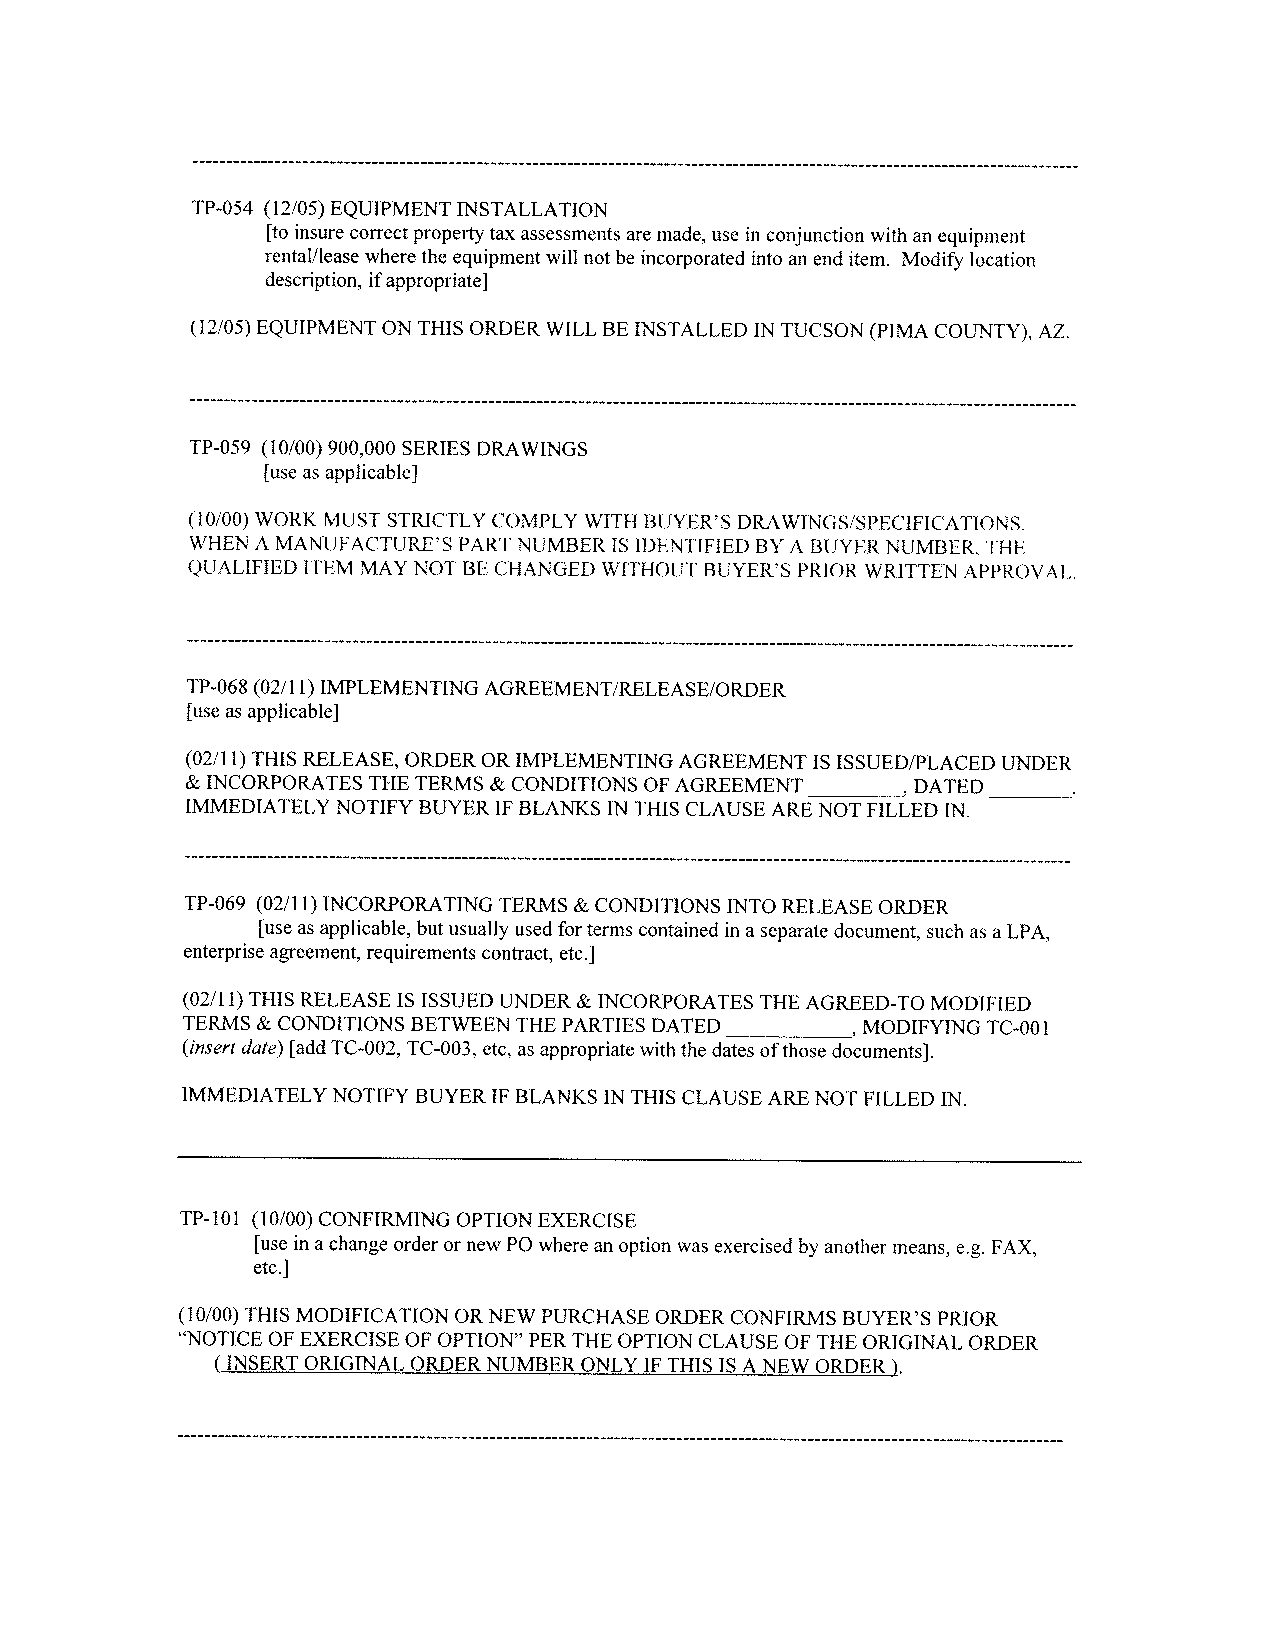
TP-054 (12/05) EQUIPMENT INSTALLATION
 [to insure correct property tax assessments are made, use in conjunction with an equipment
 rental/lease where the equipment will not be incorporated into an end item. Modify location
 description, if appropriate]
 (12/05) EQUIPMENT ON THIS ORDER WILL BE INSTALLED IN TUCSON (PIMA COUNTY), AZ.
 TP-059 (10/00) 900,000 SERIES DRAWINGS
 [use as applicable]
 (10/00) WORK MUST STRICTLY COMPLY WITH BUYER'S DRAWINGS/SPECIFICATIONS.
 WHEN A MANUFACTURE'S PART NIJMBER IS IDENTIFIED BY A BUYER NUMBER, THE
 QUALiFIED ITEM MAY NOT BE CHANGED WITHOUT BUYER'S PRIOR WRITTEN APPROVAL.
 TP-068 (02/11) IMPLEMENTING AGREEMENT/RELEASE/ORDER
 [use as applicable]
 (02/11) THIS RELEASE, ORDER OR IMPLEMENTING AGREEMENT IS ISSUED/PLACED UNDER
 & INCORPORATES THE TERMS & CONDITIONS OF AGREEMENT_____ , DATED _____
 IMMEDIATELY NOTIFY BUYER IF BLANKS IN THIS CLAUSE ARE NOT FILLED IN.
 TP-069 (02/11) INCORPORATING TERMS & CONDITIONS INTO RELEASE ORDER
 [use as applicable, but usually used for terms contained in a separate document, such as a LPA,
 enterprise agreement, requirements contract, etc.]
 (02/11) THIS RELEASE IS ISSUED UNDER & INCORPORATES THE AGREED-TO MODIFIED
 TERMS & CONDITIONS BETWEEN THE PARTIES DATED _______ , MODIFYING TC-00 1
 (insert date) [add TC-002, TC-003, etc, as appropriate with the dates of those documents].
 IMMEDIATELY NOTIFY BUYER IF BLANKS IN THIS CLAUSE ARE NOT FILLED IN.
 TP-lOl (10/00) CONFIRMING OPTION EXERCISE
 [use in a change order or new P0 where an option was exercised by another means, e.g. FAX,
 etc.I
 (10/00) THIS MODIFICATION OR NEW PURCHASE ORDER CONFIRMS BUYER'S PRIOR
 "NOTICE OF EXERCISE OF OPTION" PER THE OPTION CLAUSE OF THE ORIGINAL ORDER
 (INSERT ORIGINAL ORDER NUMBER ONLY IF THIS IS A NEW ORDER).